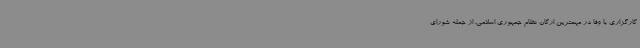
کارگزاری با وفا در مهمترین ارکان نظام جمهوری اسلامی، از جمله شورای